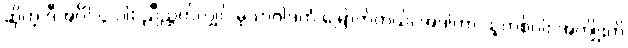
ဆိုတဲ့ ဒီအင်္ဂါ ၄-ပါး ညီညွတ်လျှင် မုသာဝါဒကံ မြောက်တယ်၊ အဲဒါဟာ သူတစ်ပါး အကျိုးကို